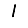
Digit: 1